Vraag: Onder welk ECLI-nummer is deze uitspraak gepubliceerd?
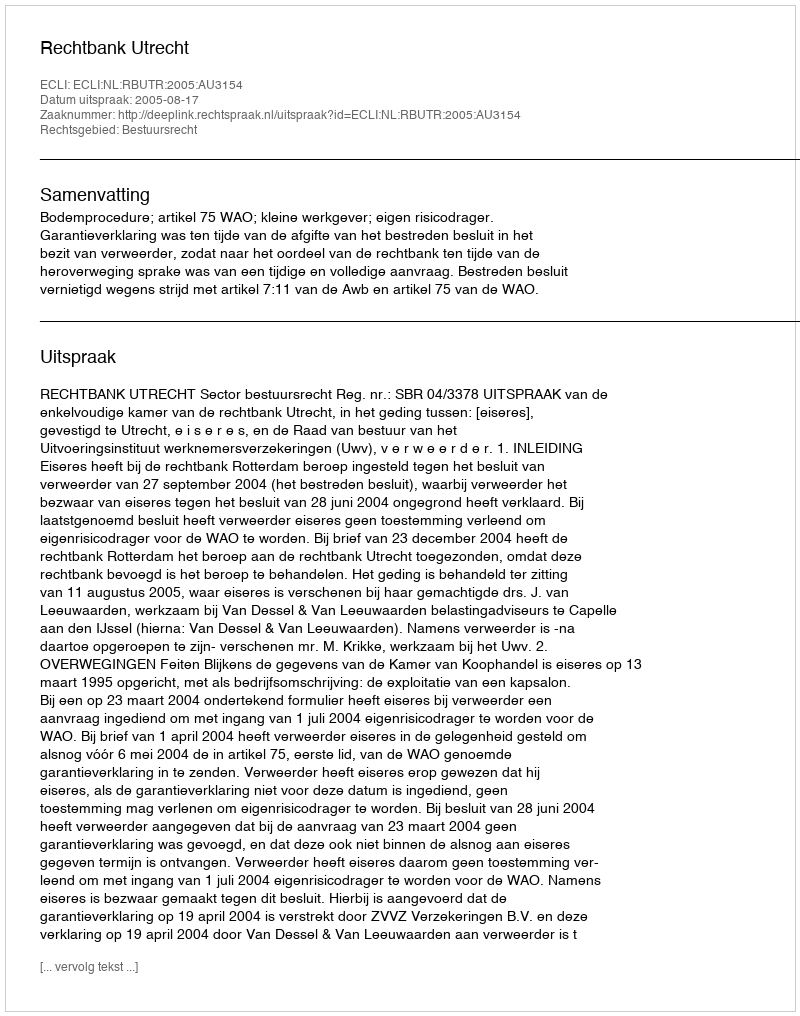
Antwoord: ECLI:NL:RBUTR:2005:AU3154